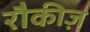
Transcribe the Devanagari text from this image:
रौकीज़